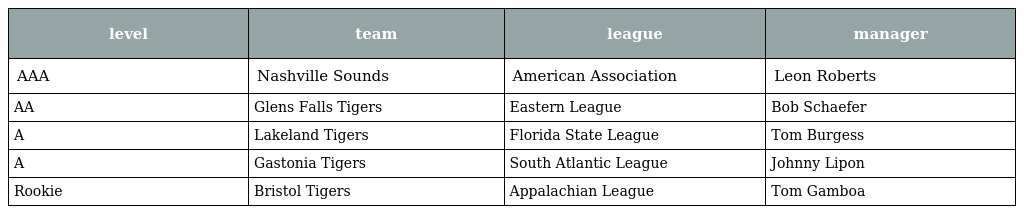
| level | team | league | manager |
 | --- | --- | --- | --- |
 | AAA | Nashville Sounds | American Association | Leon Roberts |
 | AA | Glens Falls Tigers | Eastern League | Bob Schaefer |
 | A | Lakeland Tigers | Florida State League | Tom Burgess |
 | A | Gastonia Tigers | South Atlantic League | Johnny Lipon |
 | Rookie | Bristol Tigers | Appalachian League | Tom Gamboa |